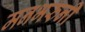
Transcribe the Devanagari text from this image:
मनभरुनी